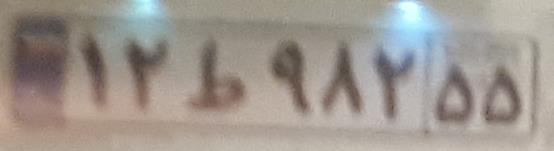
۱۲ط۹۸۲۵۵